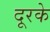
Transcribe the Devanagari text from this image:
दूरके